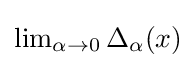
{\textstyle \lim _{\alpha \rightarrow 0}\Delta _{\alpha }(x)}